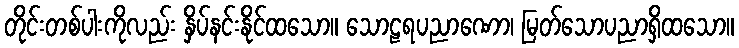
တိုင်းတစ်ပါးကိုလည်း နှိပ်နင်းနိုင်ထသော။ သောဠရပညာဏော၊ မြတ်သောပညာရှိထသော။